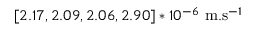
[ 2 . 1 7 , 2 . 0 9 , 2 . 0 6 , 2 . 9 0 ] * 1 0 ^ { - 6 } ~ \mathrm { m } . \mathrm { s } ^ { - 1 }